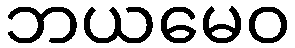
ဘယမေဝ